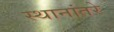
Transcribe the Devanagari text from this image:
स्थानांतरे